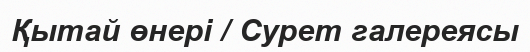
Қытай өнері / Сурет галереясы